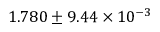
1 . 7 8 0 \pm 9 . 4 4 \times 1 0 ^ { - 3 }